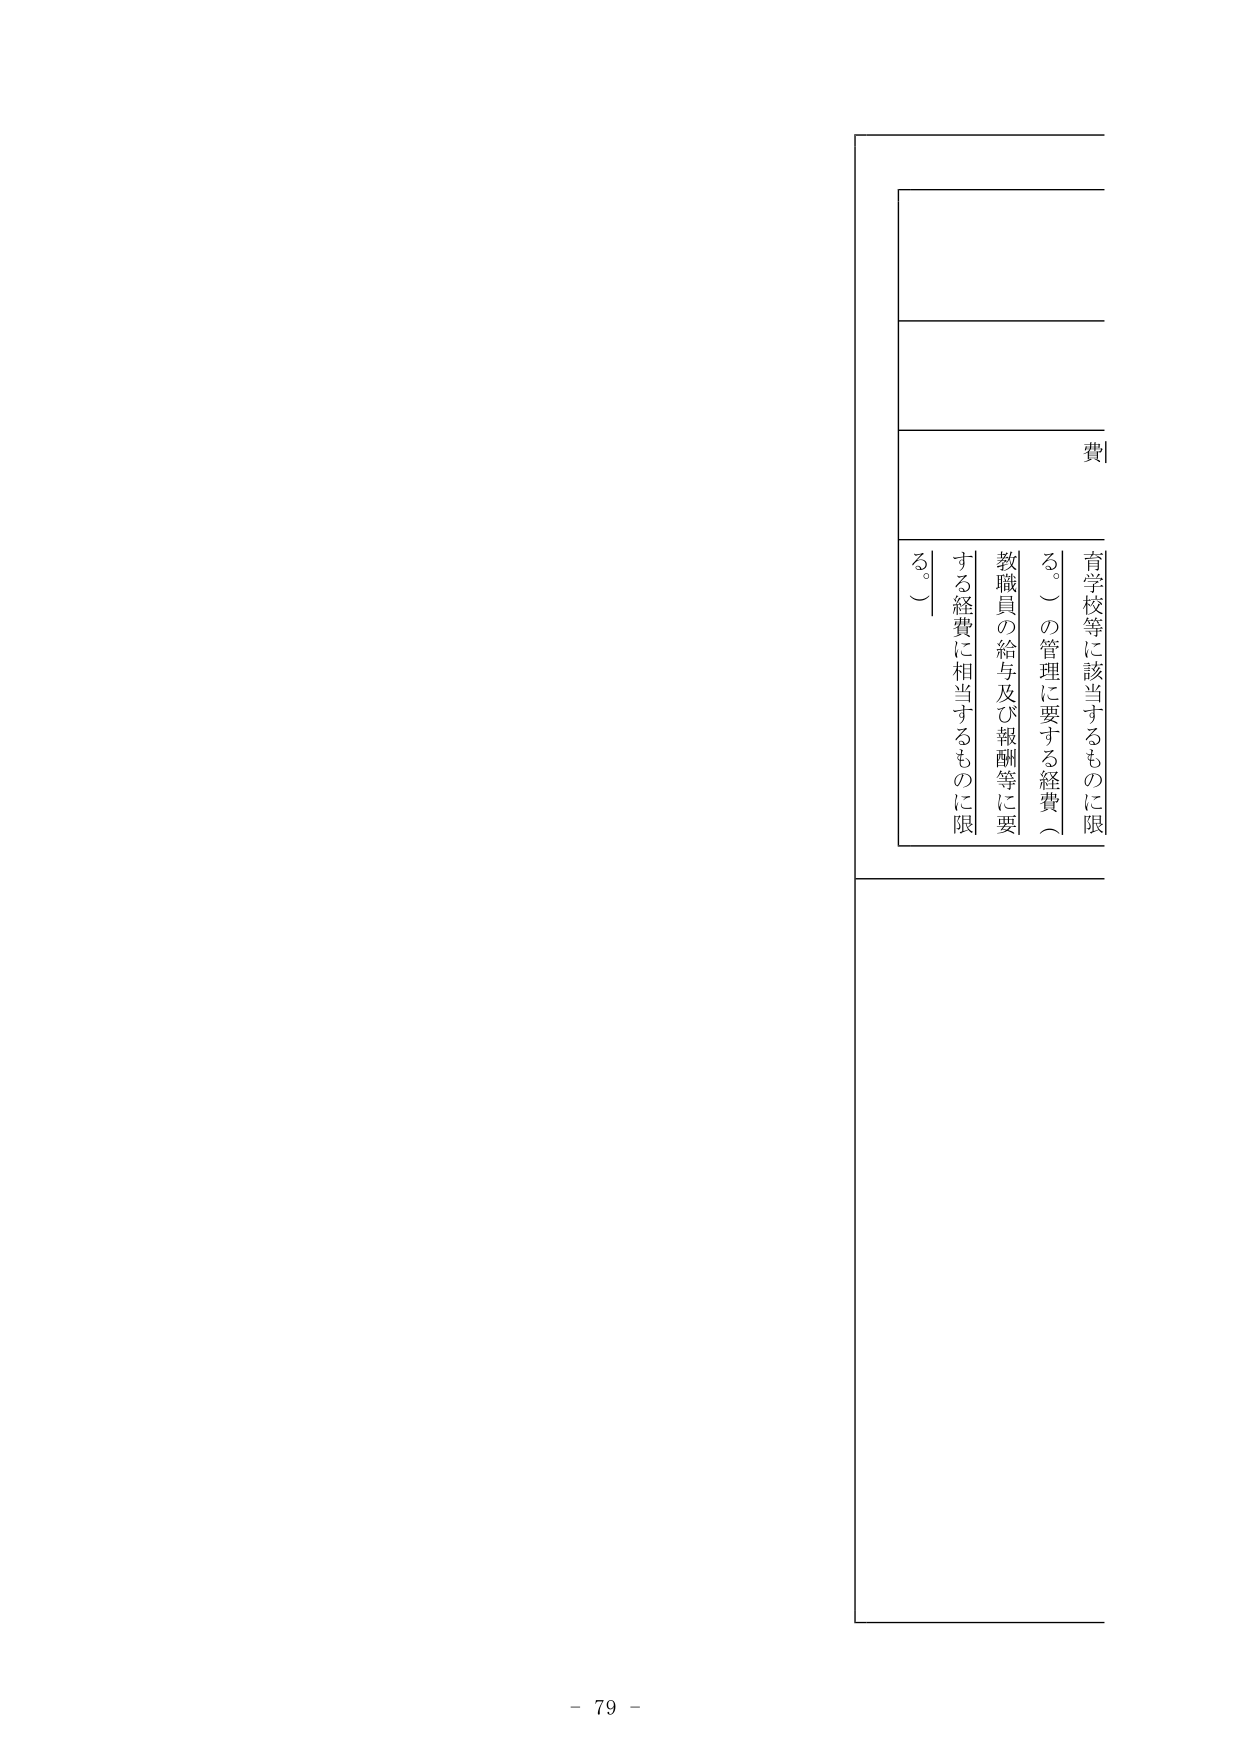
費

育学校等に該当するものに限
る。）の管理に要する経費（
教職員の給与及び報酬等に要
する経費に相当するものに限
る。）

- 79 -